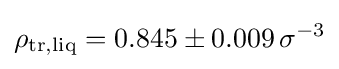
\rho _{\mathrm {tr,liq} }=0.845\pm 0.009\,\sigma ^{-3}